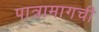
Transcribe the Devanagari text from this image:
पात्रामागची